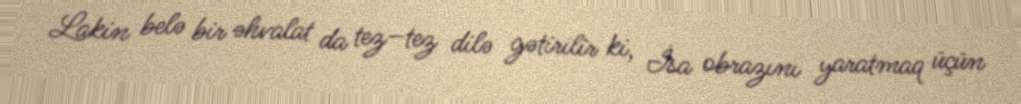
Lakin belə bir əhvalat da tez–tez dilə gətirilir ki, İsa obrazını yaratmaq üçün